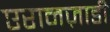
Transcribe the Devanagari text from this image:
एरानज़ाडी